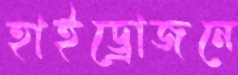
হাইড্রোজনে